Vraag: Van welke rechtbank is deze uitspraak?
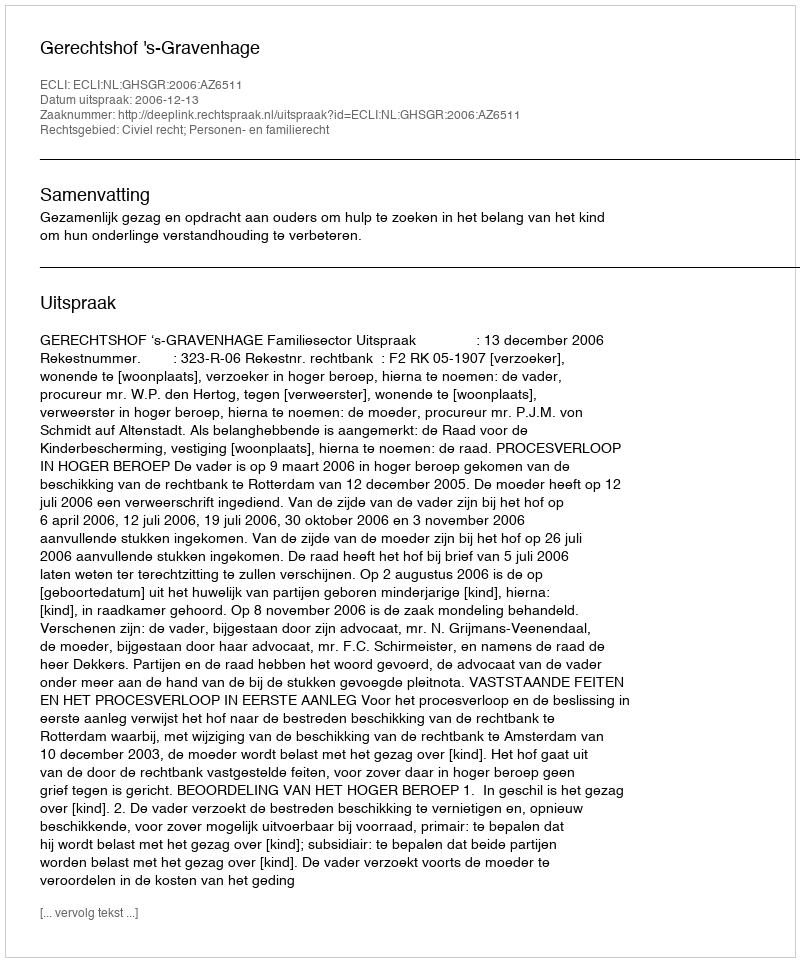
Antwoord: Gerechtshof 's-Gravenhage